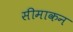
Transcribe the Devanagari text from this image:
सीमाकन